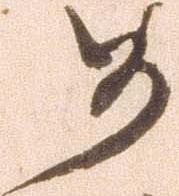
め